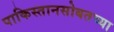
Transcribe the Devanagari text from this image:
पाकिस्तानसोबतच्या